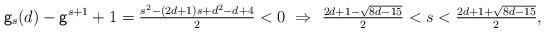
LaTeX: \begin{align*} {\mathsf g}_{s}(d) - {\mathsf g}^{s+1} + 1 = \tfrac{s^2-(2d+1)s+d^2-d+4}{2} < 0\ \Rightarrow\ \tfrac{2d+1-\sqrt{8d-15}}{2} < s < \tfrac{2d+1+\sqrt{8d-15}}{2}, \end{align*}